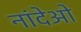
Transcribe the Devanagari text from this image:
नांदेओ